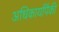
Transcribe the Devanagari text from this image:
अधिकार्यांपैकी